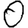
Digit: 0